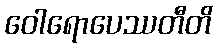
ဝေါရောပေဿတီတိ